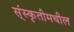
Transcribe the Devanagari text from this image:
स्ंस्कृतीमधील